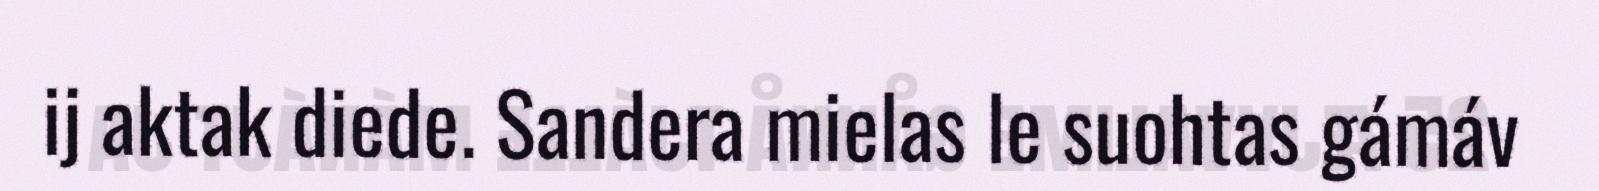
ij aktak diede. Sandera mielas le suohtas gámáv